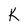
Character: K